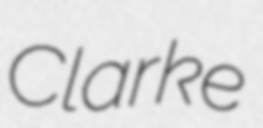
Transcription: Clarke